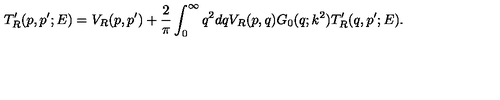
T _ { R } ^ { \prime } ( p , p ^ { \prime } ; E ) = V _ { R } ( p , p ^ { \prime } ) + \frac 2 \pi \int _ { 0 } ^ { \infty } { q ^ { 2 } d q { V _ { R } ( p , q ) } G _ { 0 } ( q ; k ^ { 2 } ) T _ { R } ^ { \prime } ( q , p ^ { \prime } ; E ) } .